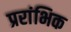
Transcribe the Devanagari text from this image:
प्ररांभिक